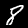
Label: 8